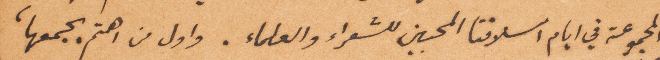
المجموعة في أيام اسلافنا المحبين للشعراء والعلماء. وأول من اهتم بجمعها